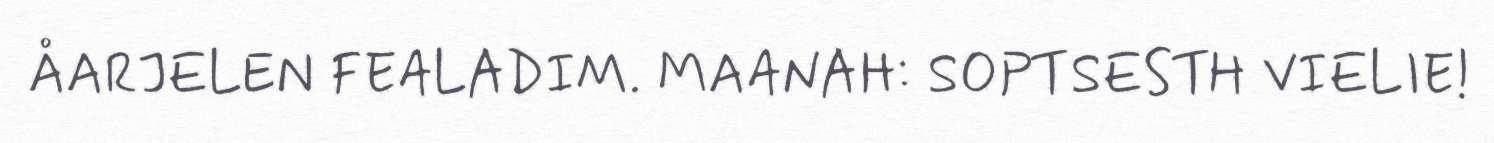
ÅARJELEN FEALADIM. MAANAH: SOPTSESTH VIELIE!